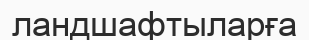
ландшафтыларға